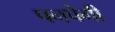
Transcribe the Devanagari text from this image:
पनपेगी